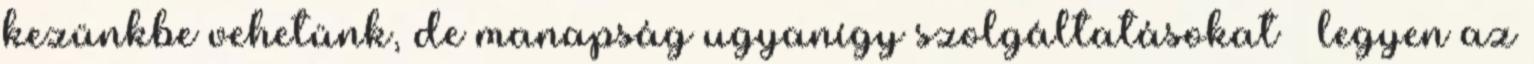
kezünkbe vehetünk, de manapság ugyanígy szolgáltatásokat – legyen az